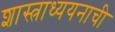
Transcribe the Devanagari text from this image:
शास्त्राध्ययनाची